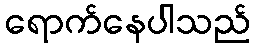
ရောက်နေပါသည်